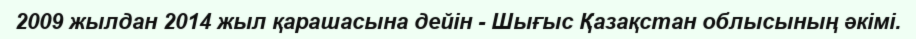
2009 жылдан 2014 жыл қарашасына дейін - Шығыс Қазақстан облысының әкімі.